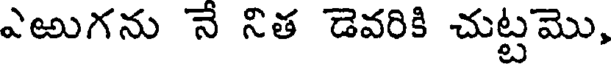
ఎఱుగను నే నిత డెవరికి చుట్టమొ,